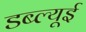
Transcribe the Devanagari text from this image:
डब्ल्यूई